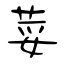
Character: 荽